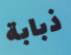
ذبابة